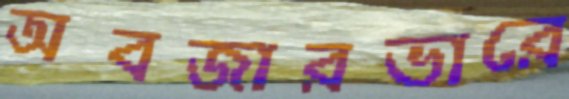
অবজারভারে